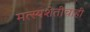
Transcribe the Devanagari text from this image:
मत्स्यशेतीचाही